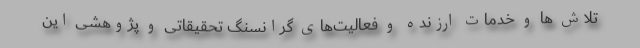
تلاش ها و خدمات ارزنده و فعالیت‌های گرانسنگ تحقیقاتی و پژوهشی این